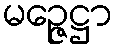
မဉ္ဇေဋ္ဌာ